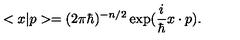
< x | p > = ( 2 \pi \hbar ) ^ { - n / 2 } \exp ( \frac { i } { \hbar } x \cdot p ) .